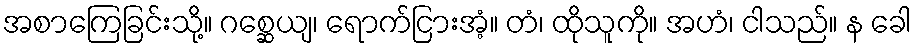
အစာကြေခြင်းသို့။ ဂစ္ဆေယျ၊ ရောက်ငြားအံ့။ တံ၊ ထိုသူကို။ အဟံ၊ ငါသည်။ န ခေါ